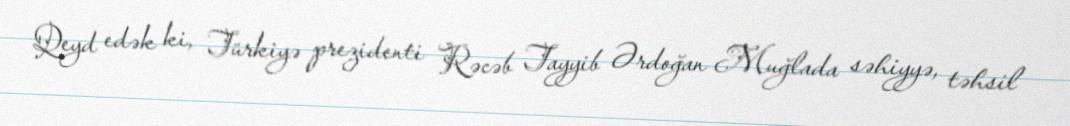
Qeyd edək ki, Türkiyə prezidenti Rəcəb Tayyib Ərdoğan Muğlada səhiyyə, təhsil